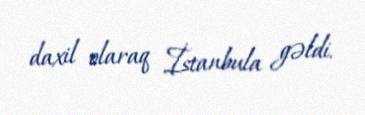
daxil olaraq İstanbula gəldi.